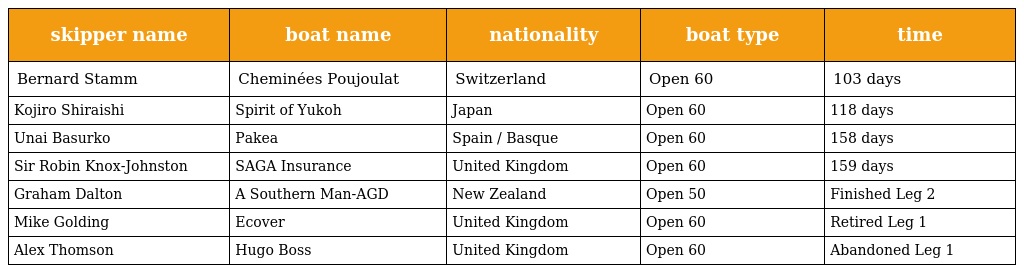
| skipper name | boat name | nationality | boat type | time |
 | --- | --- | --- | --- | --- |
 | Bernard Stamm | Cheminées Poujoulat | Switzerland | Open 60 | 103 days |
 | Kojiro Shiraishi | Spirit of Yukoh | Japan | Open 60 | 118 days |
 | Unai Basurko | Pakea | Spain / Basque | Open 60 | 158 days |
 | Sir Robin Knox-Johnston | SAGA Insurance | United Kingdom | Open 60 | 159 days |
 | Graham Dalton | A Southern Man-AGD | New Zealand | Open 50 | Finished Leg 2 |
 | Mike Golding | Ecover | United Kingdom | Open 60 | Retired Leg 1 |
 | Alex Thomson | Hugo Boss | United Kingdom | Open 60 | Abandoned Leg 1 |